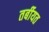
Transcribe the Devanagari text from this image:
तर्बीयत